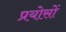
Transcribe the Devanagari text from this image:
प्रयोसों